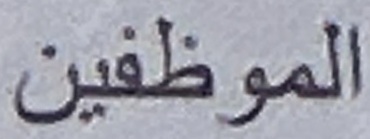
الموظفين